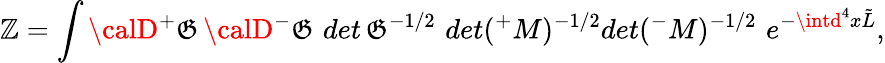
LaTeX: \mathbb{Z}=\int{\calD}{^+}\mathfrak{G}\, {\calD}{^-}\mathfrak{G}\, \, det\, {\mathbf{\mathfrak{G}}}^{-1/2}\, \, det({^+}M)^{-1/2}det({^-}M)^{-1/2}\, \, e^{-\intd^{4}x\tilde{{L}}},